Madras plague regulations in force outside the Presidency town - Volume 3
Disease focus: Plague
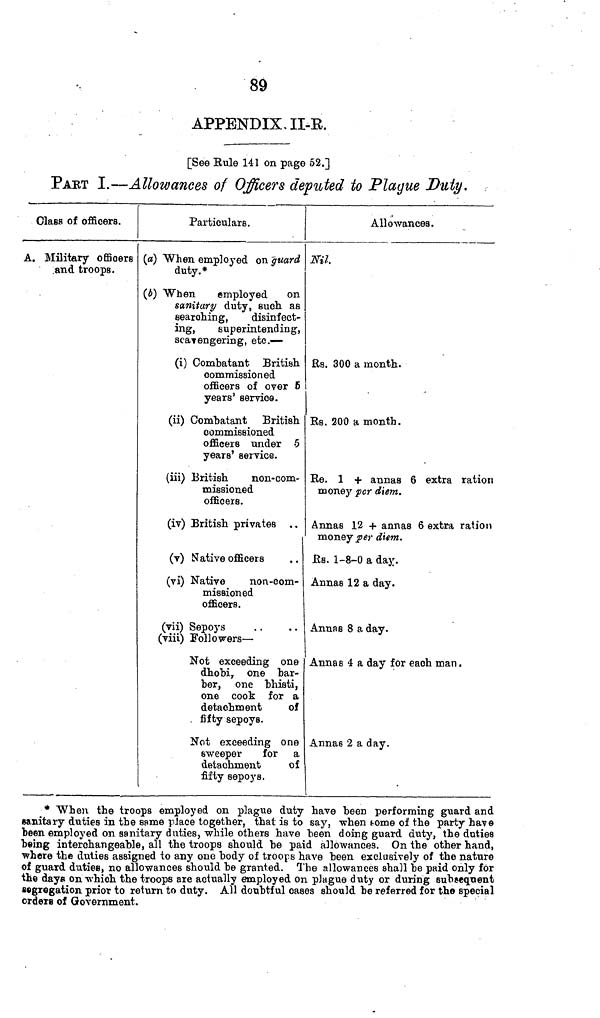
89
APPENDIX. II-E.
[See Rule 141 on page 52.]
PART I.—Allowances of Officers deputed to Plague Duty.
Class of officers.
A. Military officers
.and troops.
Particulars.
(a) "When employed on guard
duty.*
(e) When
employed
on
sanitary duty, such, as
searching,
disinfect-
ing,
superintending,
scavengering, etc.—
(i) Combatant British
commissioned
officers of over 6
years' service.
(ii) Combatant British,
commissioned
officers under 5
years' service.
(iii) British
non-com-
missioned
officers.
(iv) British privates
(v) Native officers
(vi) Native
non-com-
missioned
officers.
(vii) Sepoys
(viii) Followers —
Not exceeding one
dhobi, one bar-
ber, one bhisti,
one cook for a
detachment
of
fifty sepoys.
Not exceeding one
sweeper
for a
detachment
of
fifty sepoys.
Allowances.
mi.
Rs. 300 a month.
RB. 200 a month.
Re. 1 + annas 6 extra ration
money per diem.
Annas 12 + annas 6 extra ration
money per diem.
ßs. 1-8-0 a day.
Annas 12 a day.
Annas 8 a day.
Annas 4 a day for each man.
Annas 2 a day.
* "When the troops employed on plague duty have been performing guard and
sanitary duties in the same pJace together, thai is to say, when tome of the party have
been employed on sanitary duties, while others have been doing guard duty, the duties
being interchangeable, all the troops should be paid allowances. On the other hand,
where the duties assigned to any one body of troops have been exclusively of the nature
of guard duties, no allowances should be granted. The allowances shall be paid only for
the days on which the troops are actually employed on plague duty or during subsequent
segregation prior to relurn to duty. All doubtful oases should be referred for the special
orders of Government.